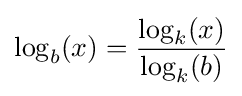
\log _{b}(x)={\frac {\log _{k}(x)}{\log _{k}(b)}}